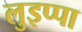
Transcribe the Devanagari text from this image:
लुइप्पा